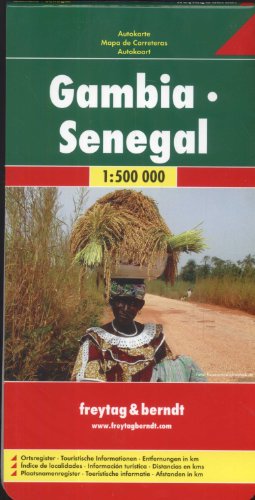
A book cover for Gambia - Senegal: FB.171; Travel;